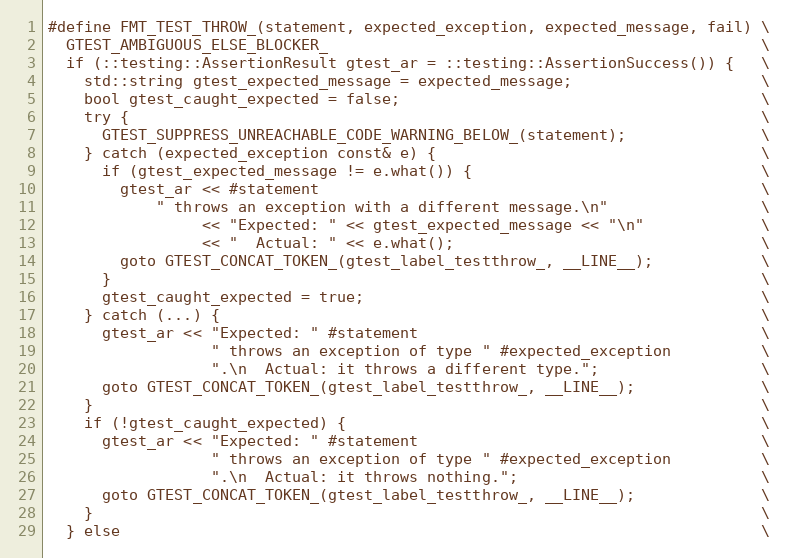
Language: C
#define FMT_TEST_THROW_(statement, expected_exception, expected_message, fail) \
  GTEST_AMBIGUOUS_ELSE_BLOCKER_                                                \
  if (::testing::AssertionResult gtest_ar = ::testing::AssertionSuccess()) {   \
    std::string gtest_expected_message = expected_message;                     \
    bool gtest_caught_expected = false;                                        \
    try {                                                                      \
      GTEST_SUPPRESS_UNREACHABLE_CODE_WARNING_BELOW_(statement);               \
    } catch (expected_exception const& e) {                                    \
      if (gtest_expected_message != e.what()) {                                \
        gtest_ar << #statement                                                 \
            " throws an exception with a different message.\n"                 \
                 << "Expected: " << gtest_expected_message << "\n"             \
                 << "  Actual: " << e.what();                                  \
        goto GTEST_CONCAT_TOKEN_(gtest_label_testthrow_, __LINE__);            \
      }                                                                        \
      gtest_caught_expected = true;                                            \
    } catch (...) {                                                            \
      gtest_ar << "Expected: " #statement                                      \
                  " throws an exception of type " #expected_exception          \
                  ".\n  Actual: it throws a different type.";                  \
      goto GTEST_CONCAT_TOKEN_(gtest_label_testthrow_, __LINE__);              \
    }                                                                          \
    if (!gtest_caught_expected) {                                              \
      gtest_ar << "Expected: " #statement                                      \
                  " throws an exception of type " #expected_exception          \
                  ".\n  Actual: it throws nothing.";                           \
      goto GTEST_CONCAT_TOKEN_(gtest_label_testthrow_, __LINE__);              \
    }                                                                          \
  } else                                                                       \